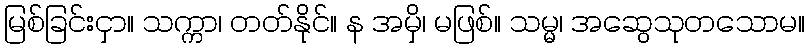
မြစ်ခြင်းငှာ။ သက္ကာ၊ တတ်နိုင်။ န အမှိ၊ မဖြစ်။ သမ္မ၊ အဆွေသုတသောမ။